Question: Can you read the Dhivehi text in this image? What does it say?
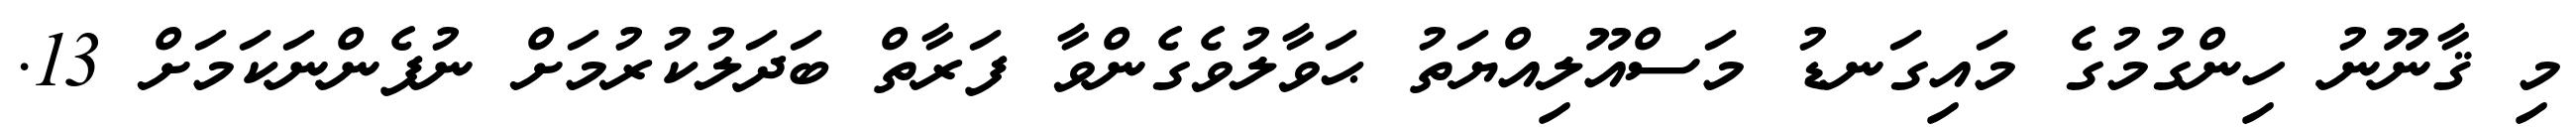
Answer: މި ޤާނޫނު ހިންގުމުގެ މައިގަނޑު މަސްއޫލިއްޔަތު ޙަވާލުވެގެންވާ ފަރާތް ބަދަލުކުރުމަށް ނުފެންނަކަމަށް 13.